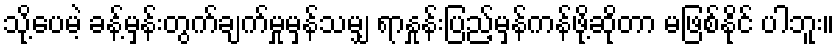
သို့ပေမဲ့ ခန့်မှန်းတွက်ချက်မှုမှန်သမျှ ရာနှုန်းပြည့်မှန်ကန်ဖို့ဆိုတာ မဖြစ်နိုင် ပါဘူး။